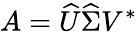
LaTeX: A={\widehat{U}}{\widehat{\Sigma}}V^{\ast}